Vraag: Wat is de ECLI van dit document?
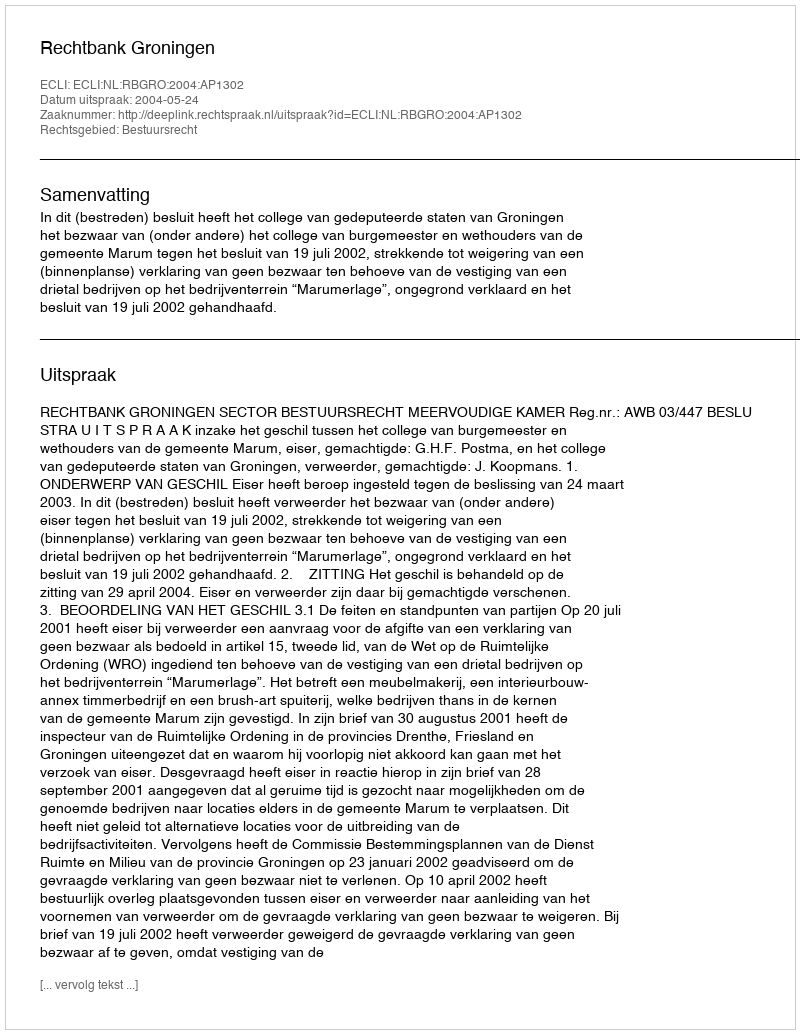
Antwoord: ECLI:NL:RBGRO:2004:AP1302